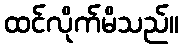
ထင်လိုက်မိသည်။